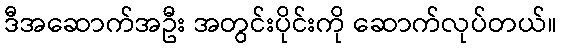
ဒီအဆောက်အဦး အတွင်းပိုင်းကို ဆောက်လုပ်တယ်။